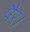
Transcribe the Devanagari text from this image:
पैर।